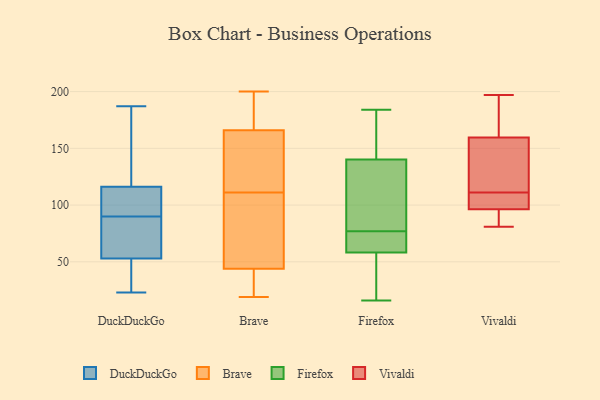
{"axis": {"x": "Humidity (%)", "y": "Value"}, "legend": ["Brave", "DuckDuckGo", "Firefox", "Vivaldi"], "data": [{"x": "", "y": 164, "type": "DuckDuckGo"}, {"x": "", "y": 32, "type": "DuckDuckGo"}, {"x": "", "y": 117, "type": "DuckDuckGo"}, {"x": "", "y": 80, "type": "DuckDuckGo"}, {"x": "", "y": 74, "type": "DuckDuckGo"}, {"x": "", "y": 187, "type": "DuckDuckGo"}, {"x": "", "y": 99, "type": "DuckDuckGo"}, {"x": "", "y": 23, "type": "DuckDuckGo"}, {"x": "", "y": 90, "type": "DuckDuckGo"}, {"x": "", "y": 114, "type": "DuckDuckGo"}, {"x": "", "y": 46, "type": "DuckDuckGo"}, {"x": "", "y": 174, "type": "Brave"}, {"x": "", "y": 200, "type": "Brave"}, {"x": "", "y": 44, "type": "Brave"}, {"x": "", "y": 110, "type": "Brave"}, {"x": "", "y": 21, "type": "Brave"}, {"x": "", "y": 150, "type": "Brave"}, {"x": "", "y": 112, "type": "Brave"}, {"x": "", "y": 49, "type": "Brave"}, {"x": "", "y": 146, "type": "Brave"}, {"x": "", "y": 28, "type": "Brave"}, {"x": "", "y": 166, "type": "Brave"}, {"x": "", "y": 75, "type": "Brave"}, {"x": "", "y": 199, "type": "Brave"}, {"x": "", "y": 19, "type": "Brave"}, {"x": "", "y": 156, "type": "Firefox"}, {"x": "", "y": 68, "type": "Firefox"}, {"x": "", "y": 43, "type": "Firefox"}, {"x": "", "y": 59, "type": "Firefox"}, {"x": "", "y": 16, "type": "Firefox"}, {"x": "", "y": 92, "type": "Firefox"}, {"x": "", "y": 108, "type": "Firefox"}, {"x": "", "y": 184, "type": "Firefox"}, {"x": "", "y": 156, "type": "Firefox"}, {"x": "", "y": 56, "type": "Firefox"}, {"x": "", "y": 53, "type": "Firefox"}, {"x": "", "y": 73, "type": "Firefox"}, {"x": "", "y": 77, "type": "Firefox"}, {"x": "", "y": 135, "type": "Firefox"}, {"x": "", "y": 67, "type": "Firefox"}, {"x": "", "y": 88, "type": "Firefox"}, {"x": "", "y": 177, "type": "Firefox"}, {"x": "", "y": 95, "type": "Vivaldi"}, {"x": "", "y": 81, "type": "Vivaldi"}, {"x": "", "y": 130, "type": "Vivaldi"}, {"x": "", "y": 166, "type": "Vivaldi"}, {"x": "", "y": 100, "type": "Vivaldi"}, {"x": "", "y": 185, "type": "Vivaldi"}, {"x": "", "y": 197, "type": "Vivaldi"}, {"x": "", "y": 140, "type": "Vivaldi"}, {"x": "", "y": 111, "type": "Vivaldi"}, {"x": "", "y": 93, "type": "Vivaldi"}, {"x": "", "y": 109, "type": "Vivaldi"}]}